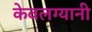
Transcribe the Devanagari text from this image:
केवलग्यानी